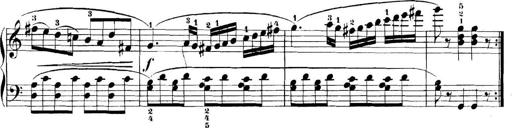
Title: 11 Sonatinas
Composer: Anton Diabelli